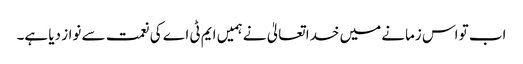
اب تو اس زمانے میں خدا تعالیٰ نے ہمیں ایم ٹی اے کی نعمت سے نواز دیا ہے۔